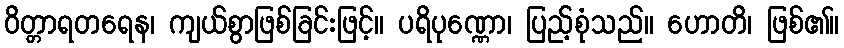
ဝိတ္တာရတရေန၊ ကျယ်စွာဖြစ်ခြင်းဖြင့်။ ပရိပုဏ္ဏော၊ ပြည့်စုံသည်။ ဟောတိ၊ ဖြစ်၏။